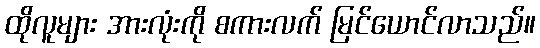
ထိုလူများ အားလုံးကို စကားလက် မြင်ယောင်လာသည်။